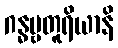
ဂန္ဓဗ္ဗတူရိယာနိ